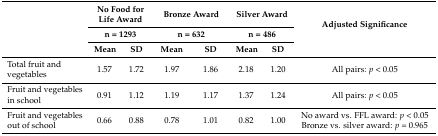
<table><thead><tr><td rowspan="3">[EMPTY_CELL]</td><td colspan="2"><b>No Food for Life Award</b></td><td colspan="2"><b>Bronze Award</b></td><td colspan="2"><b>Silver Award</b></td><td rowspan="3"><b>Adjusted Significance</b></td></tr><tr><td colspan="2"><b>n = 1293</b></td><td colspan="2"><b>n = 632</b></td><td colspan="2"><b>n = 486</b></td></tr><tr><td><b>Mean</b></td><td><b>SD</b></td><td><b>Mean</b></td><td><b>SD</b></td><td><b>Mean</b></td><td><b>SD</b></td></tr></thead><tbody><tr><td>Total fruit and vegetables</td><td>1.57</td><td>1.72</td><td>1.97</td><td>1.86</td><td>2.18</td><td>1.20</td><td>All pairs: <i>p</i> &lt; 0.05</td></tr><tr><td>Fruit and vegetables in school</td><td>0.91</td><td>1.12</td><td>1.19</td><td>1.17</td><td>1.37</td><td>1.24</td><td>All pairs: <i>p</i> &lt; 0.05</td></tr><tr><td>Fruit and vegetables out of school</td><td>0.66</td><td>0.88</td><td>0.78</td><td>1.01</td><td>0.82</td><td>1.00</td><td>No award vs. FFL award: <i>p</i> &lt; 0.05 Bronze vs. silver award: <i>p =</i> 0.965</td></tr></tbody></table>